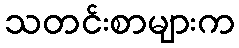
သတင်းစာများက